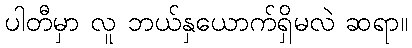
ပါတီမှာ လူ ဘယ်နှယောက်ရှိမလဲ ဆရာ။